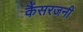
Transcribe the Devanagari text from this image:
कैंसरजनी